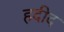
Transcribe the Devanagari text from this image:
हदीद